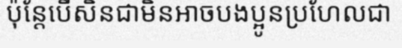
ប៉ុន្តែបើសិនជាមិនអាចបងប្អូនប្រហែលជា